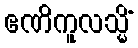
ဧဏိကူလသ္မိံ